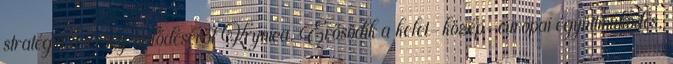
stratégia a térség fejlődéséről Krynica. Erősödik a kelet-közép-európai együttműködés,